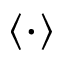
\left\langle \cdot \right\rangle